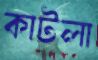
কাটলা